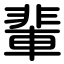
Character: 輩